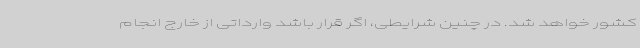
کشور خواهد شد. در چنین شرایطی، اگر قرار باشد وارداتی از خارج انجام